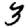
Digit: 3